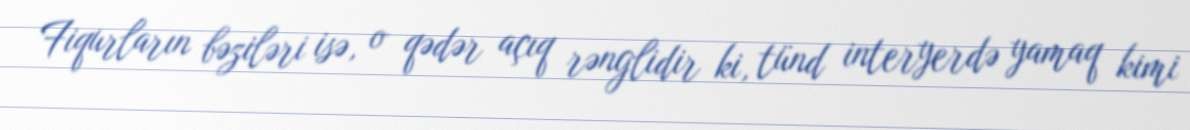
Fiqurların bəziləri isə, o qədər açıq rənglidir ki, tünd interyerdə yamaq kimi